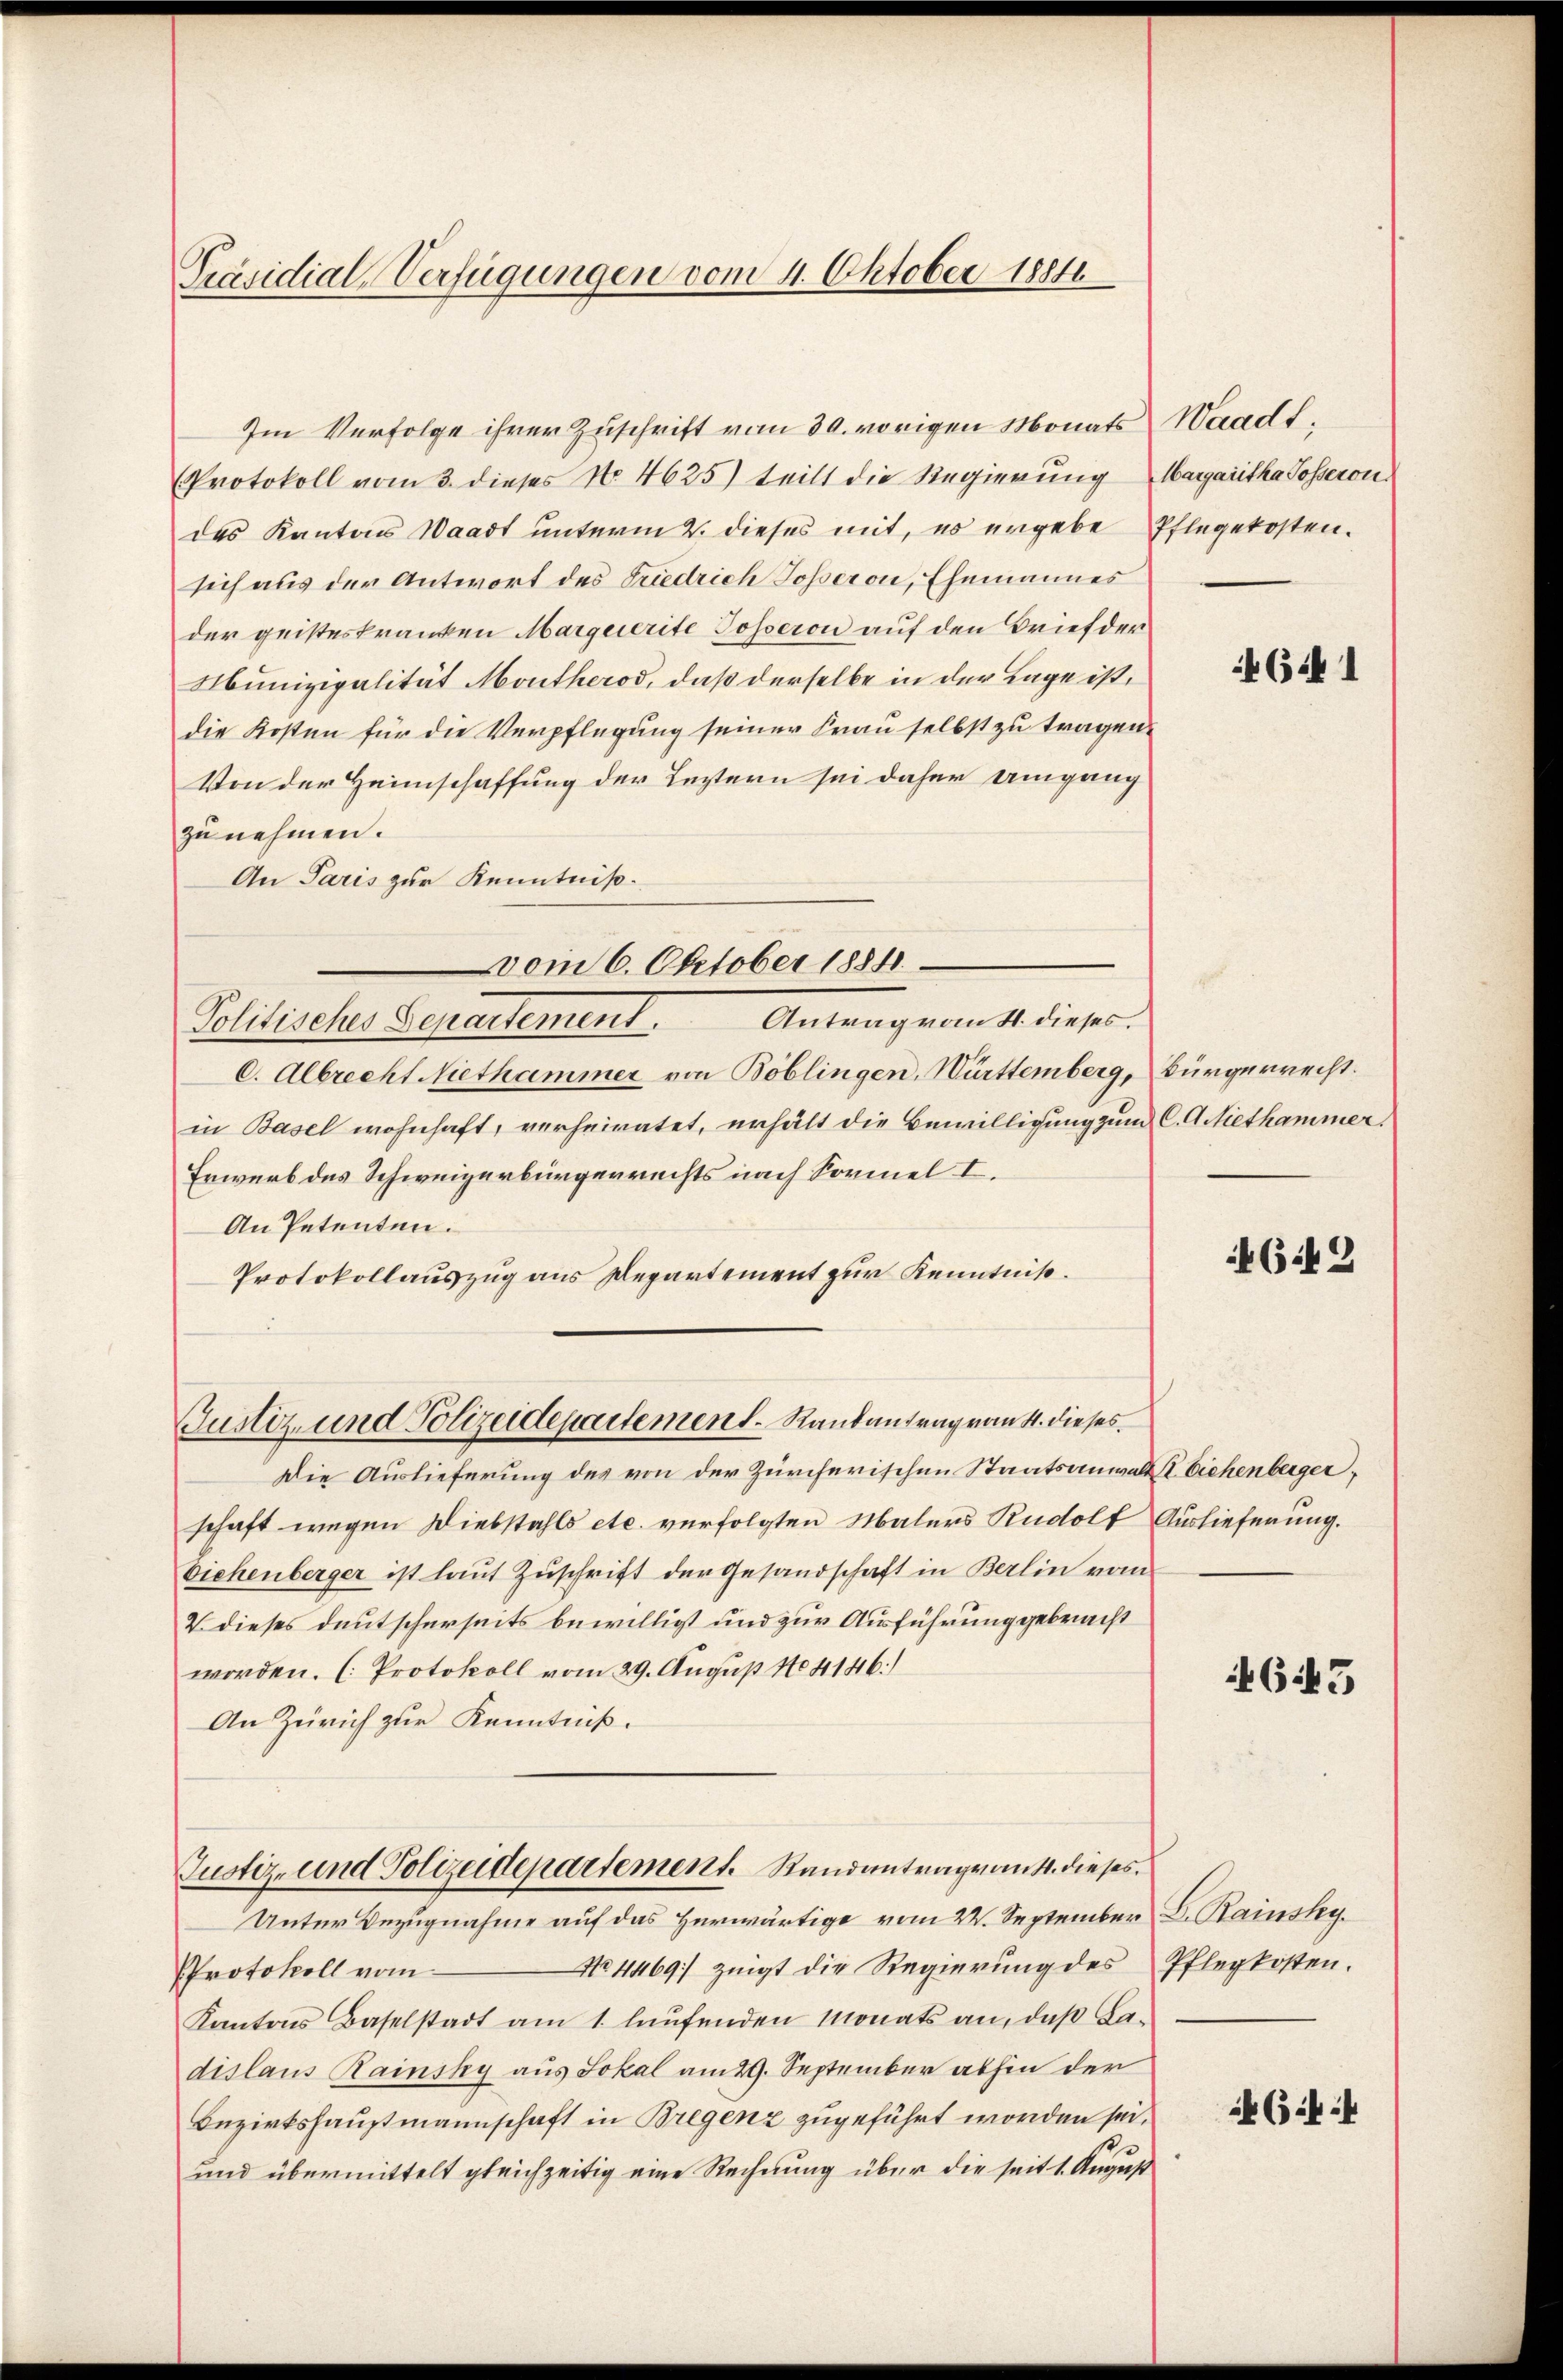
Präsidial-Verfügungen vom 4. Oktober 1881

Im Verfolge ihrer Zuschrift vom 30. vorigen Monats Waadt,
Protokoll vom 3. dieses No. 4625) teilt die Regierung Magaritha Posseron
des Kantons Waadt unterm 2. dieses mit, es ergebe Pflegekosten.
sich aus der Antwort des Friedrich Gosseron, Ehemannes
der geisteskranken Marquerite Posseron auf den Brief der
Munizipalität Montherod, daß derselbe in der Lage ist,
die Kosten für die Verpflegung seiner Frau selbst zu tragen.
Von der Heimschaffung der Leztern sei daher Umgang
zu nehmen.
An Paris zur Kenntniß.
Politisches Departement.
C. Albrecht Niethammer von Böblingen, Württemberg, Bürgerrecht.
in Basel wohnhaft, verheiratet, erhält die Bewilligung zum C. A. Miethammer,
Erwerb des Schweizerbürgerrechts nach Sormel I.
An Petenten.
Protokollauszug aus Departement zur Kenntniß.
Justiz und Polizeidepartement. Randantrag vom 4. dieses.
Die Auslieferung des von der Zürcherischen Staatsanwalt I Eichenberger,
schaft wegen Diebstahls etc. verfolgten Malers Rudolf Auslieferung.
Eichenberger ist laut Zuschrift der Gesandschaft in Berlin vom
2 dieses deutscherseits bewilligt und zur Ausführung gebracht
worden. (Protokoll vom 29. August No 4146)
An Zürich zur Kenntniß.
Justiz- und Polizeidepartement. Randantrag von 4. dieses
Unter Bezugnahme auf das Herwärtige vom 22. September L. Rainsky.
No. 4469) zeigt die Regierŭng des Pflegkosten.
Protokoll vom
Kantons Baselstadt am 1. laŭfenden Monats an, daß Ladislaus Rainsky aus Lokal am 29. September abhin der
Bezirkshauptmannschaft in Bregenz zugeführt worden sei.
und übermittelt gleichzeitig eine Rechnung über die seit 1. August

vom 6. Oktober 1884.
Antrag vom 4. dieses.

46441

4642

4643

C44